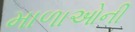
માળાઓની